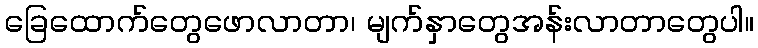
ခြေထောက်တွေဖောလာတာ၊ မျက်နှာတွေအန်းလာတာတွေပါ။